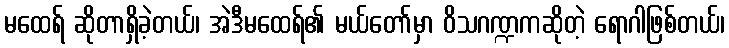
မထေရ် ဆိုတာရှိခဲ့တယ်၊ အဲဒီမထေရ်၏ မယ်တော်မှာ ဝိသဂဏ္ဍကဆိုတဲ့ ရောဂါဖြစ်တယ်၊